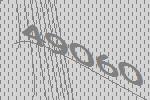
49060